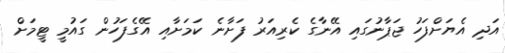
އަދި އެޔަށްފަހު ޖަޕާނުގައި އޭނާގެ ކެރިއަރު ފަށާނެ ކަމަށާއި އޭގެފަހުން ގައުމީ ޓީމަށް